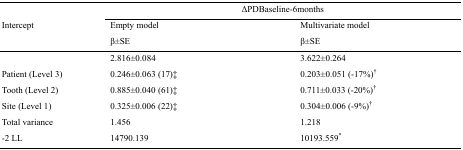
| <ROWSPAN=3> Intercept | <COLSPAN=2> ΔPDBaseline-6months |
 | Empty modelβ±SE | Multivariate modelβ±SE |
 | --- | --- | --- |
 |  | 2.816±0.084 | 3.622±0.264 |
 | Patient (Level 3) | 0.246±0.063 (17)‡ | 0.203±0.051 (-17%)† |
 | Tooth (Level 2) | 0.885±0.040 (61)‡ | 0.711±0.033 (-20%)† |
 | Site (Level 1) | 0.325±0.006 (22)‡ | 0.304±0.006 (-9%)† |
 | Total variance | 1.456 | 1.218 |
 | -2 LL | 14790.139 | 10193.559* |